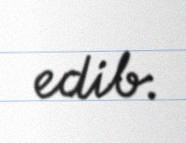
edib.